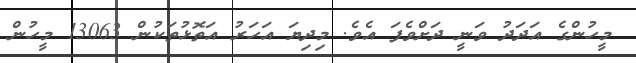
މީހުންގެ އަދަދު ވަނީ ދަށްވެފަ އެވެ. މިދިޔަ އަހަރު އަތޮޅުތަކުން 13063 މީހުން